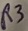
Text: R3